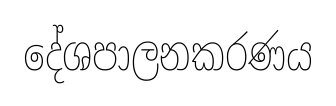
දේශපාලනකරණය